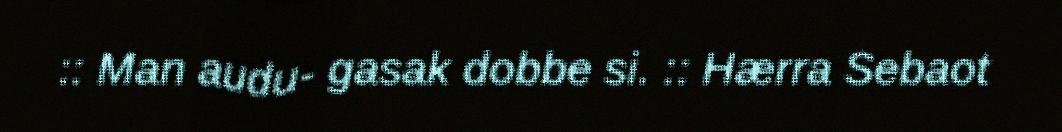
:: Man audu- gasak dobbe si. :: Hærra Sebaot